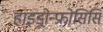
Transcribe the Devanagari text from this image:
हाइड्रोन्फ्रोसिसि